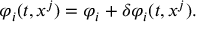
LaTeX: \varphi _ { i } ( t , x ^ { j } ) = \varphi _ { i } + \delta \varphi _ { i } ( t , x ^ { j } ) .